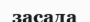
засада